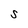
Character: S